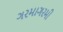
ગરમાગરમી